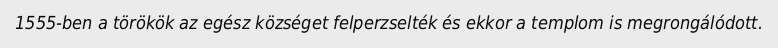
1555-ben a törökök az egész községet felperzselték és ekkor a templom is megrongálódott.